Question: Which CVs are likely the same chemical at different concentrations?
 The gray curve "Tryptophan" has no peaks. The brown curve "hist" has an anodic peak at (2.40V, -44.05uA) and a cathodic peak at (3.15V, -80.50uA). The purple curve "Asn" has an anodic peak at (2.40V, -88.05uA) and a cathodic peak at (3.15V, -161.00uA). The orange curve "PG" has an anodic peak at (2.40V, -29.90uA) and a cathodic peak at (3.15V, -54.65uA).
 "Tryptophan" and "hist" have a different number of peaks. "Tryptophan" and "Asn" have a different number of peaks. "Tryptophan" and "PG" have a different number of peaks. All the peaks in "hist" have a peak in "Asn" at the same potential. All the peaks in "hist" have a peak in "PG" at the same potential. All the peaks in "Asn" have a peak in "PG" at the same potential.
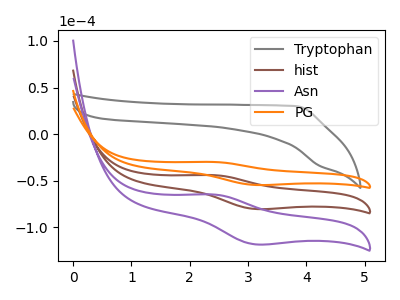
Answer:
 <answer>"PG", "hist" and "Asn" have the same shape and are likely CV's of the same chemical.</answer>
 <eval>"PG" "hist" "Asn"</eval>